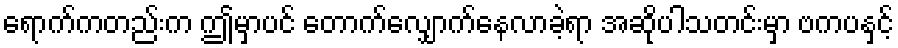
ရောက်ကတည်းက ဤမှာပင် တောက်လျှောက်နေလာခဲ့ရာ အဆိုပါသတင်းမှာ ဗကပနှင့်